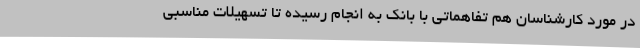
در مورد کارشناسان هم تفاهماتی با بانک به انجام رسیده تا تسهیلات مناسبی